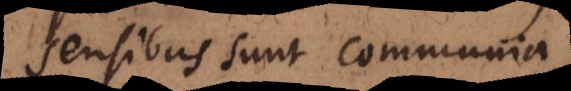
sensibus sunt communia,